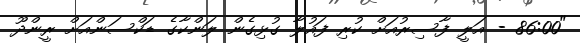
"86:00 - އަލީ ފާސިރުއަށް ކުރި ފައުލާ ގުޅިގެން ލަންކާގެ ޑަކްސަންއަށް ރީންދޫ